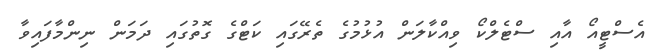
އެސްޓީއޯ އާއި ސްޓެލްކޯ ވިއްކާލަން އުޅުމުގެ ތެރޭގައި ކަޓްގެ ގޮތުގައި ދަމަން ނިންމާފައިވާ